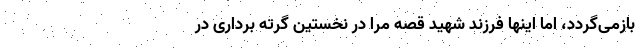
بازمی‌گردد، اما اینها فرزند شهید قصه مرا در نخستین گرته برداری در